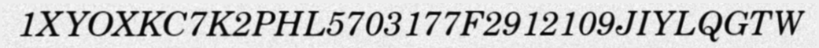
1XYOXKC7K2PHL5703177F2912109JIYLQGTW